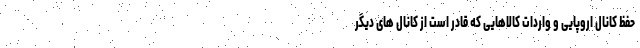
حفظ کانال اروپایی و واردات کالاهایی که قادر است از کانال های دیگر